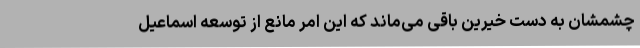
چشمشان به دست خیرین باقی می‌ماند که این امر مانع از توسعه اسماعیل